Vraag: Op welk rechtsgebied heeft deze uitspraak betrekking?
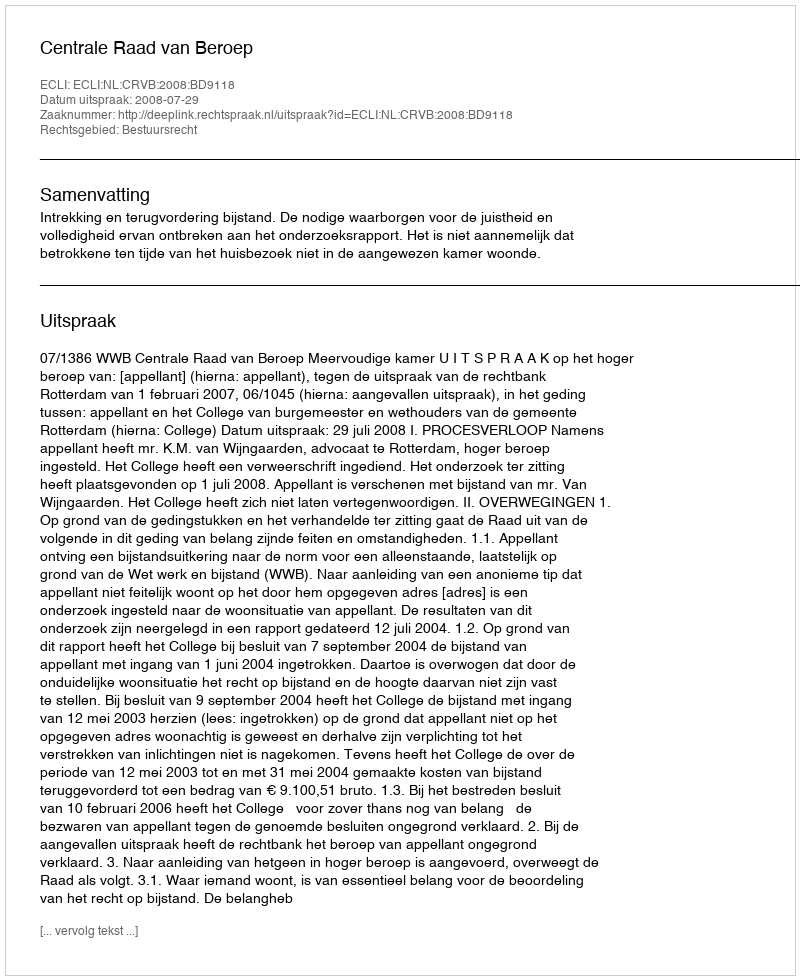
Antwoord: Bestuursrecht